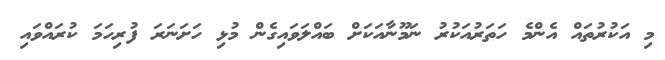
މި އަކުރުތައް އެންމެ ހަތަރުއަކުރު ނަމޫނާއަކަށް ބައްލަވައިގެން މުޅި ހަށަނަރަ ފުރިހަމަ ކުރައްވައި